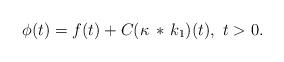
LaTeX: \begin{align*}\phi(t) = f(t) + C(\kappa\, *\, k_1)(t),\ t>0.\end{align*}